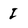
Character: I